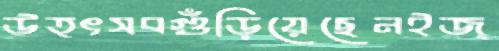
উত্ৎসবগুঁড়িয়েছেনইজ্